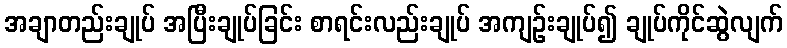
အချာတည်းချုပ် အပြီးချုပ်ခြင်း စာရင်းလည်းချုပ် အကျဉ်းချုပ်၍ ချုပ်ကိုင်ဆွဲလျက်